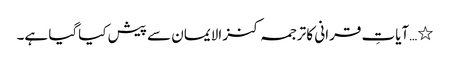
٭…آیاتِ قرانی کا ترجمہ کنز الایمان سے پیش کیاگیا ہے۔